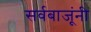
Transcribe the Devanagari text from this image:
सर्वबाजूंनी